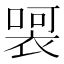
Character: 𭊀